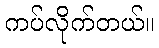
ကပ်လိုက်တယ်။